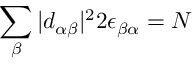
\sum _ { \beta } | d _ { \alpha \beta } | ^ { 2 } 2 \epsilon _ { \beta \alpha } = N